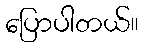
ပြောပါတယ်။